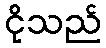
ငိုသည်